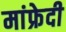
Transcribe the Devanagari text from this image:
मांफ्रेदी